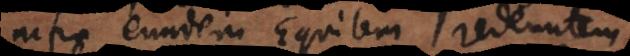
infra eundem Equitem redeuntem